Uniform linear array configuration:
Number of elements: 16
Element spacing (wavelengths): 0.5
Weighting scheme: hamming
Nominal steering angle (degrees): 60
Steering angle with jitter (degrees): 59.898
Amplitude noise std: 0.05
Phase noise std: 0.05

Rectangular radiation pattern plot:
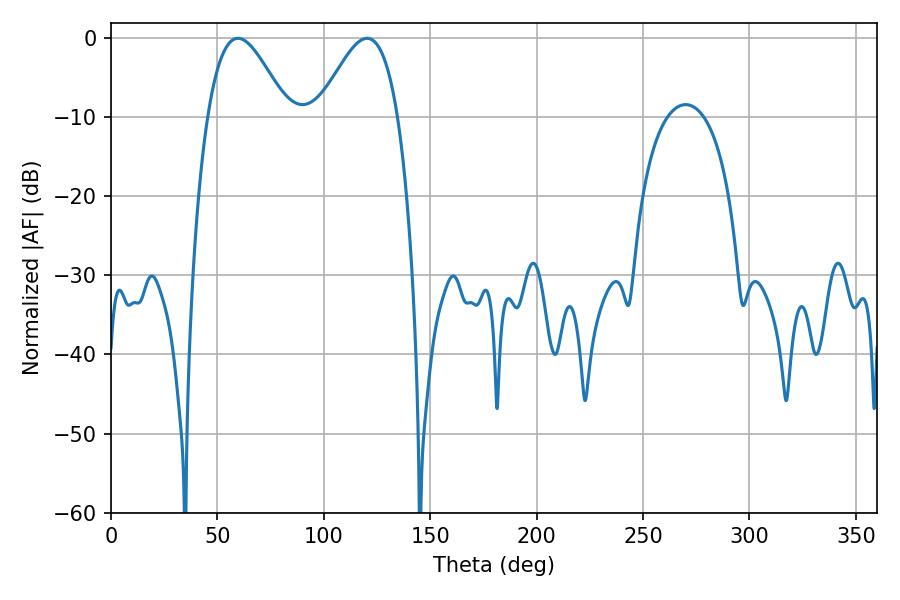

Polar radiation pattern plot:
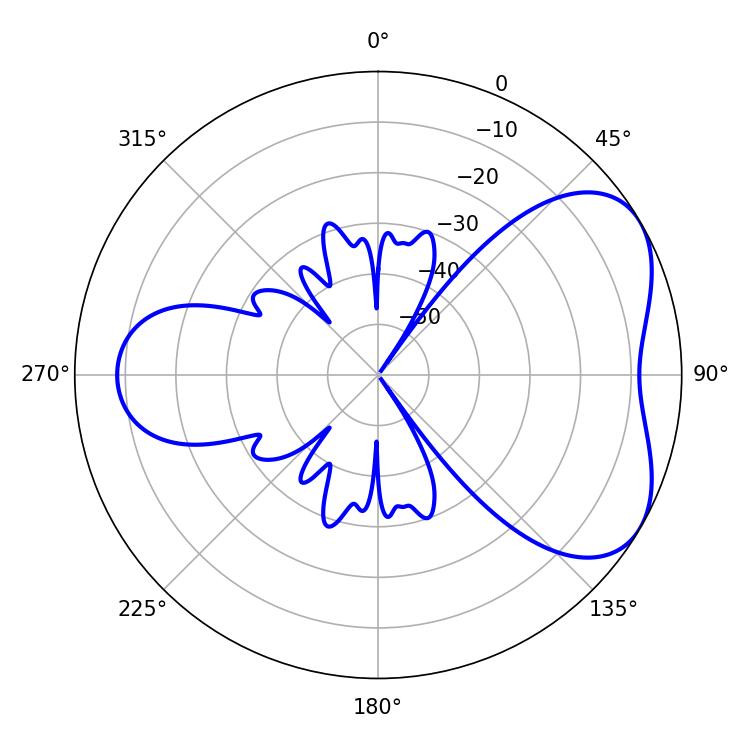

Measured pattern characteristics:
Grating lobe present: FALSE
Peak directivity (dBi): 4.95
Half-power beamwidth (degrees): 20.16
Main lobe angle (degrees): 59.58